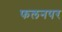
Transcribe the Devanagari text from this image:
फलनपर